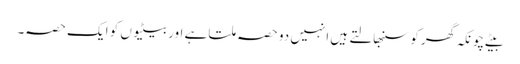
بیٹے چونکہ گھر کو سنبھالتے ہیں انہیں دو حصہ ملتا ہے اور بیٹیوں کو ایک حصہ۔